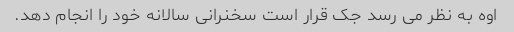
اوه به نظر می رسد جک قرار است سخنرانی سالانه خود را انجام دهد.